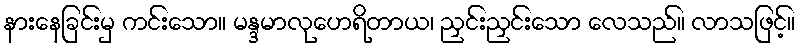
နားနေခြင်းမှ ကင်းသော။ မန္ဒမာလုဟေရိတာယ၊ ညှင်းညှင်းသော လေသည်။ လာသဖြင့်။